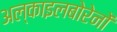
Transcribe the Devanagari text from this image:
अल्काइलबोरेनों